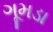
ગૂમડા